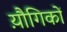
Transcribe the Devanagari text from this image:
य़ौगिकों